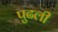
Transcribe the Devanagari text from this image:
पुढली